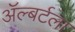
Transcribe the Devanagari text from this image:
ॲल्बर्टला